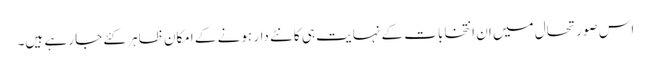
اس صورتحال میں ان انتخابات کے نہایت ہی کانٹے دار ہونے کے امکان ظاہر کئے جا رہے ہیں۔